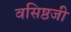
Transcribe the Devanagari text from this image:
वसिष्ठजी